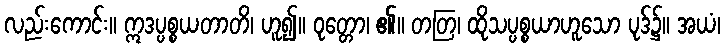
လည်းကောင်း။ ဣဒပ္ပစ္စယတာတိ၊ ဟူ၍။ ဝုတ္တော၊ ၏။ တတြ၊ ထိုသပ္ပစ္စယာဟူသော ပုဒ်၌။ အယံ၊